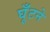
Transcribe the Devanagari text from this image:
घूँटने